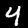
Label: 4